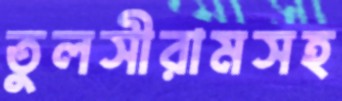
তুলসীরামসহ